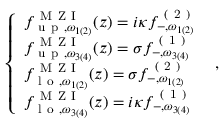
\begin{array} { r } { \left\{ \begin{array} { l l } { { f } _ { \mathrm { ~ u ~ p ~ } , \omega _ { 1 ( 2 ) } } ^ { \mathrm { ~ M ~ Z ~ I ~ } } ( z ) = i \kappa { f } _ { - , \omega _ { 1 ( 2 ) } } ^ { \mathrm { ~ ( ~ 2 ~ ) ~ } } } \\ { { f } _ { \mathrm { ~ u ~ p ~ } , \omega _ { 3 ( 4 ) } } ^ { \mathrm { ~ M ~ Z ~ I ~ } } ( z ) = \sigma { f } _ { - , \omega _ { 3 ( 4 ) } } ^ { \mathrm { ~ ( ~ 1 ~ ) ~ } } } \\ { { f } _ { \mathrm { ~ l ~ o ~ } , \omega _ { 1 ( 2 ) } } ^ { \mathrm { ~ M ~ Z ~ I ~ } } ( z ) = \sigma { f } _ { - , \omega _ { 1 ( 2 ) } } ^ { \mathrm { ~ ( ~ 2 ~ ) ~ } } } \\ { { f } _ { \mathrm { ~ l ~ o ~ } , \omega _ { 3 ( 4 ) } } ^ { \mathrm { ~ M ~ Z ~ I ~ } } ( z ) = i \kappa { f } _ { - , \omega _ { 3 ( 4 ) } } ^ { \mathrm { ~ ( ~ 1 ~ ) ~ } } } \end{array} \right. \ , } \end{array}